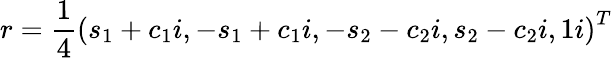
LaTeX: r=\frac{1}{4}\left(s_{1}+c_{1}i,-s_{1}+c_{1}i,-s_{2}-c_{2}i,s_{2}-c_{2}i,1i\right)^{T}